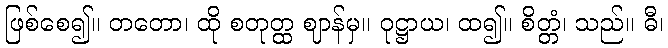
ဖြစ်စေ၍။ တတော၊ ထို စတုတ္ထ ဈာန်မှ။ ဝုဋ္ဌာယ၊ ထ၍။ စိတ္တံ၊ သည်။ ဓီ၊